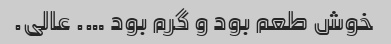
خوش‌ طعم‌ بود‌ و گرم‌ بود‌ …. عالی.